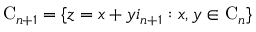
{ \mathrm { C } } _ { n + 1 } = \lbrace z = x + y i _ { n + 1 } : x , y \in { \mathrm { C } } _ { n } \rbrace